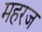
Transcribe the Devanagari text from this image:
महरज